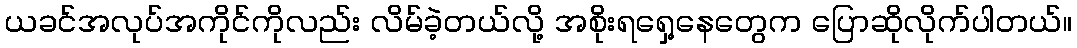
ယခင်အလုပ်အကိုင်ကိုလည်း လိမ်ခဲ့တယ်လို့ အစိုးရရှေ့နေတွေက ပြောဆိုလိုက်ပါတယ်။